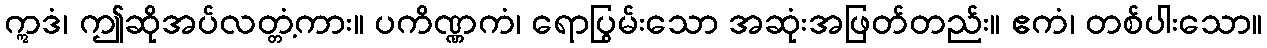
ဣဒံ၊ ဤဆိုအပ်လတ္တံ့ကား။ ပကိဏ္ဏကံ၊ ရောပြွမ်းသော အဆုံးအဖြတ်တည်း။ ဧကံ၊ တစ်ပါးသော။